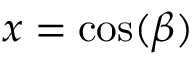
x = \cos ( \beta )